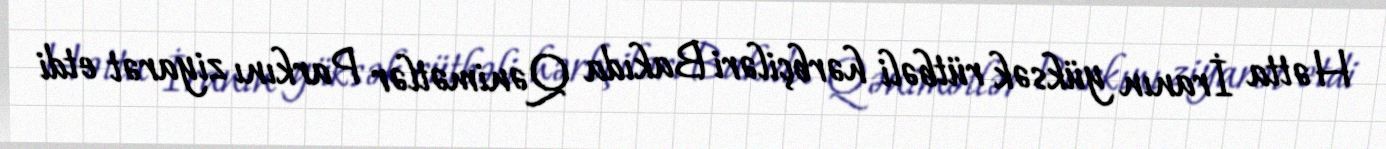
Hətta İranın yüksək rütbəli hərbçiləri Bakıda Qənimətlər Parkını ziyarət etdi